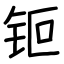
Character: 钷